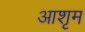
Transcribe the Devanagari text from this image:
आशृम